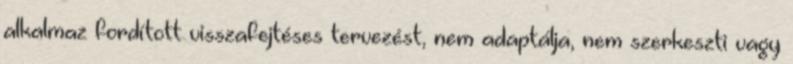
alkalmaz fordított visszafejtéses tervezést, nem adaptálja, nem szerkeszti vagy